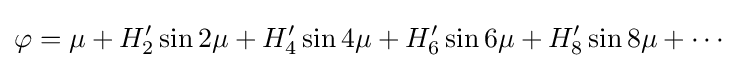
\varphi =\mu +H'_{2}\sin 2\mu +H'_{4}\sin 4\mu +H'_{6}\sin 6\mu +H'_{8}\sin 8\mu +\cdots